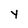
Character: Y